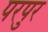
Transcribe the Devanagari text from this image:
परपुर